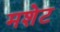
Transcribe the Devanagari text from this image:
मशेट